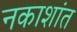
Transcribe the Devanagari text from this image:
नकाशांत